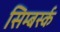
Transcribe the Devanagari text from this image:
सिम्बर्स्क